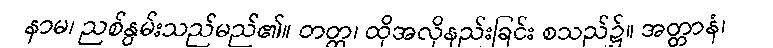
နာမ၊ ညစ်နွမ်းသည်မည်၏။ တတ္ထ၊ ထိုအလိုနည်းခြင်း စသည်၌။ အတ္တာနံ၊